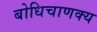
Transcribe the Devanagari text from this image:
बोधिचाणक्य